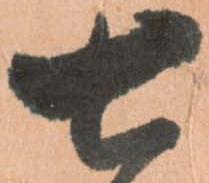
七